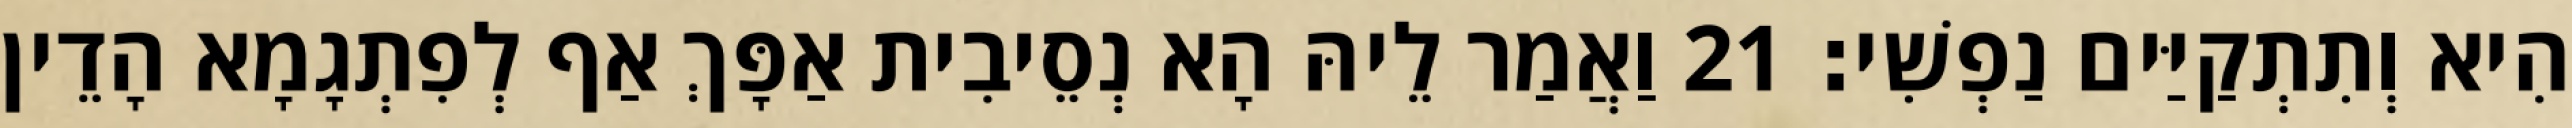
הִיא וְתִתְקַיַּים נַפְשִׁי׃ 21 וַאֲמַר לֵיהּ הָא נְסֵיבִית אַפָּךְ אַף לְפִתְגָמָא הָדֵין